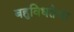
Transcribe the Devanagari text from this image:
बहुविधतेचा